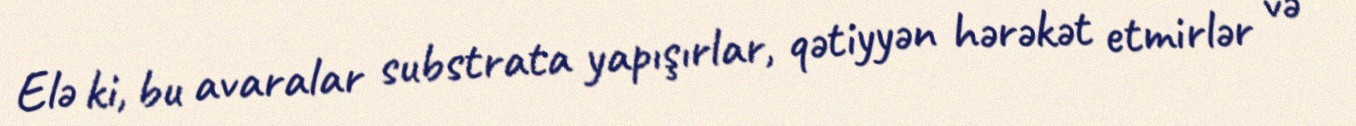
Elə ki, bu avaralar substrata yapışırlar, qətiyyən hərəkət etmirlər və